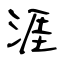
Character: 涯